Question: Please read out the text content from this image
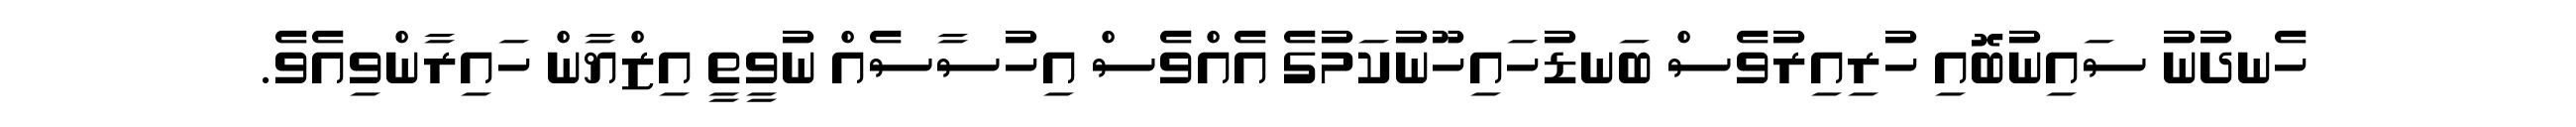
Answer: ހެނދުނު ސައިނުބޮއި ހުރިއިރުވެސް ބަނޑުހައިހޫނުކަމުގެ އެއްވެސް އިހުސާސެއް ނުވީތީ އިޒްޔާން ހައިރާންވިއެވެ.